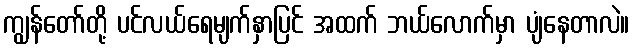
ကျွန်တော်တို့ ပင်လယ်ရေမျက်နှာပြင် အထက် ဘယ်လောက်မှာ ပျံနေတာလဲ။